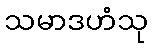
သမာဒဟံသု